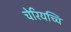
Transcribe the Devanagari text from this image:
चेरियच्चि